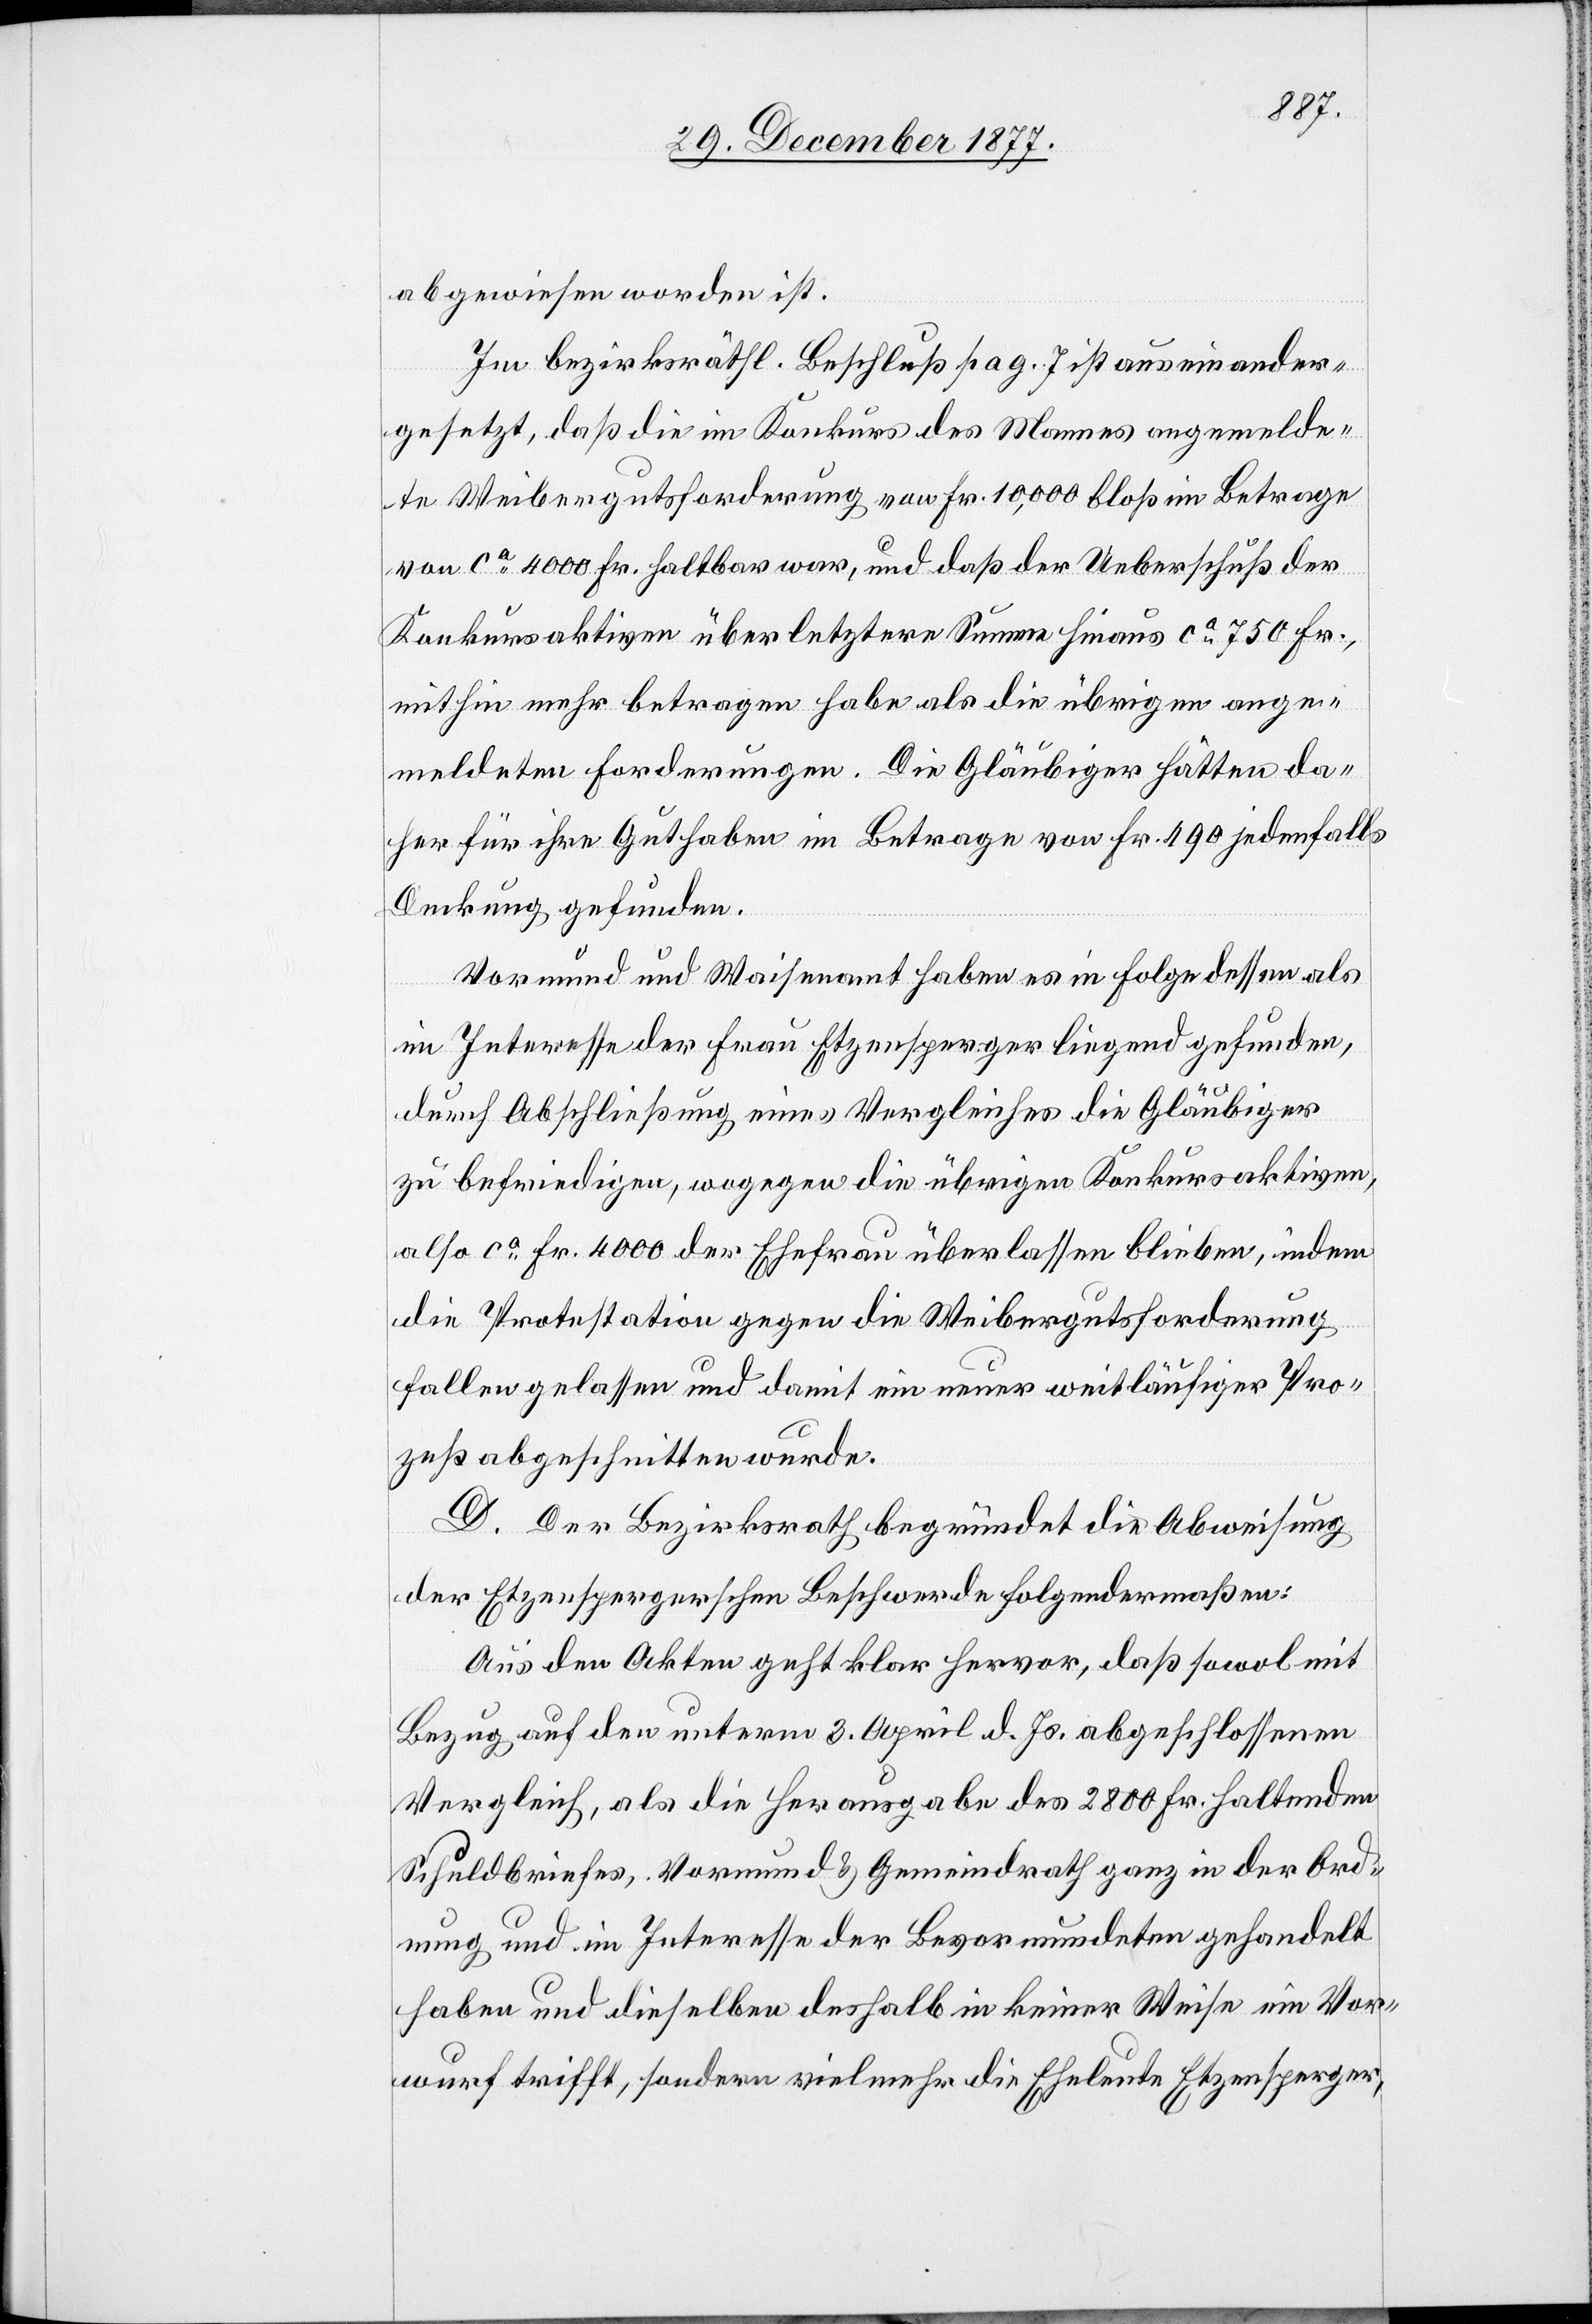
abgewiesen worden ist.
Im bezirksräthl. Beschluß pag. 7 ist auseinander¬
gesetzt, daß die im Konkurs des Mannes angemelde¬
te Weibergutsforderung von Fr. 10,000 bloß im Betrage
von ca 4000 Fr. haltbar war, und daß der Ueberschuß der
Konkursaktiven über letztere Summe hinaus ca 750 Fr.,
mithin mehr betragen habe als die übrigen ange¬
meldeten Forderungen. Die Gläubiger hätten da¬
her für ihre Guthaben im Betrage von Fr. 490 jedenfalls
Deckung gefunden.
Vormund und Waisenamt haben es in Folge dessen als
im Interesse der Frau Etzensperger liegend gefunden,
durch Abschließung eines Vergleiches die Gläubiger
zu befriedigen, wogegen die übrigen Konkursaktiven,
also ca Fr. 4000 der Ehefrau überlassen blieben, indem
die Protestation gegen die Weibergutsforderung
fallen gelassen und damit ein neuer weitläufiger Pro¬
zeß abgeschnitten wurde.
D. Der Bezirksrath begründet die Abweisung
der Etzenspergerschen Beschwerde folgendermaßen:
Aus den Akten geht klar hervor, daß sowol mit
Bezug auf den unterm 3. April d. Js. abgeschlossenen
Vergleich, als die Herausgabe des 2800 Fr. haltenden
Schuldbriefes, Vormund & Gemeindrath ganz in der Ord¬
nung und im Interesse der Bevormundeten gehandelt
haben und dieselben deshalb in keiner Weise ein Vor¬
wurf trifft, sondern vielmehr die Eheleute Etzensperger,